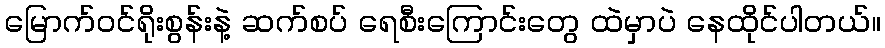
မြောက်ဝင်ရိုးစွန်းနဲ့ ဆက်စပ် ရေစီးကြောင်းတွေ ထဲမှာပဲ နေထိုင်ပါတယ်။